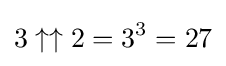
3\uparrow \uparrow 2=3^{3}=27